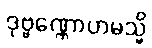
ဒုဗ္ဗဏ္ဏောဟမသ္မိ